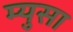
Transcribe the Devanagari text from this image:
म्युसा